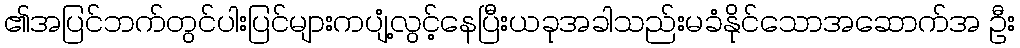
၏အပြင်ဘက်တွင်ပါးပြင်များကပျံ့လွင့်နေပြီးယခုအခါသည်းမခံနိုင်သောအဆောက်အ ဦး